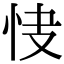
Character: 𢘦